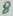
Text: 8